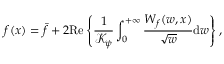
f ( x ) = \bar { f } + 2 \mathrm { R e } \left\{ \frac { 1 } { \mathcal { K } _ { \psi } } \int _ { 0 } ^ { + \infty } \frac { W _ { f } ( w , x ) } { \sqrt { w } } \mathrm { d } w \right\} ,